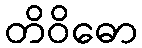
တိဝိဓော